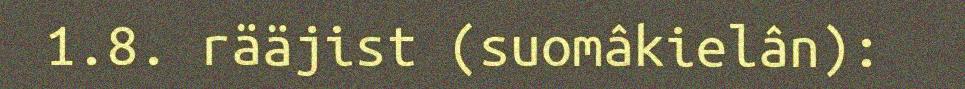
1.8. rääjist (suomâkielân):